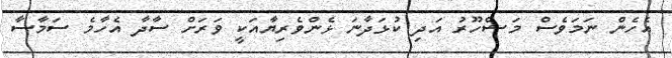
އެހެން ނަމަވެސް މަޝްހޫރު އަދި ކުޅަދާނަ ޅެންވެރިޔާއަކީ ވަރަށް ސާދާ އެހާމެ ސަމާސާ